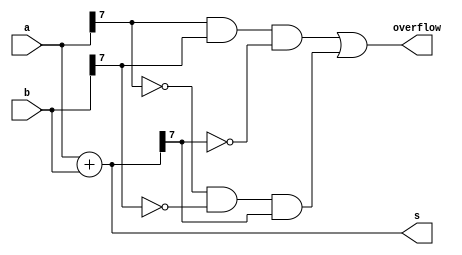
module top_module (
    input [7:0] a,
    input [7:0] b,
    output [7:0] s,
    output overflow
); 
    assign s = a+b;
    assign overflow =(a[7]&&b[7] && ~s[7]) ||(~a[7]&&~b[7]&&s[7]);
     //a[7]b[7]s[7]
     //a[7]=b[7]=0()s[7]=1
     //a[7]=b[7]=1()s[7]=0
endmodule